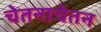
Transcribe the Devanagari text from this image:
चेतनाचेतन